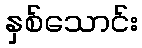
နှစ်သောင်း